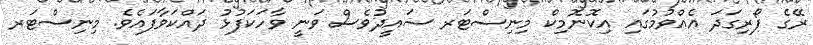
ރޭގެ ފޯރިގަދަ އެއްވުމުގައި އިކޮނޮމިކް މިނިސްޓަރ ސައީދުވެސް ވަނީ ވާހަކަފުޅު ދައްކަވާފައެވެ. މިނިސްޓަރ